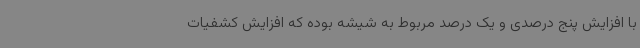
با افزایش پنج درصدی و یک درصد مربوط به شیشه بوده که افزایش کشفیات